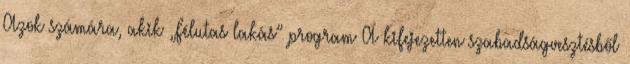
Azok számára, akik „Félutas lakás” program A kifejezetten szabadságvesztésből